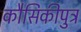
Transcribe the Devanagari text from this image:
कौसिकीपुत्र